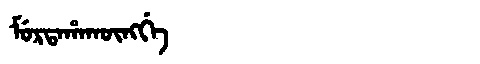
Manchu: ᠮᡠᡵᡨᠠᡥᠠᡴᡡᠩᡤᡝ
Romanization: MURTAHAKŪNGGE